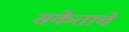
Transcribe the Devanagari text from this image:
संकेताचे